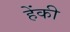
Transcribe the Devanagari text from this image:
हेंकी